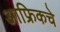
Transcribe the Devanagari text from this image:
आफ्रिकचे